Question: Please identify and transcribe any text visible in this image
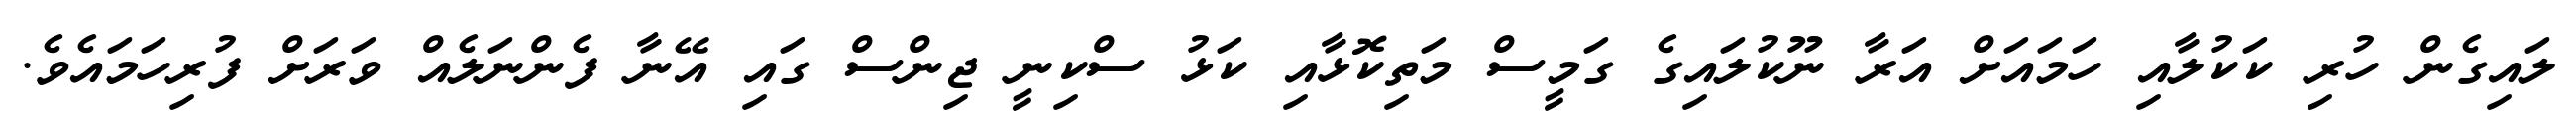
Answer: ލައިގެން ހުރި ކަކުލާއި ހަމައަށް އަރާ ނޫކުލައިގެ ގަމީސް މަތިކޮޅާއި ކަޅު ސްކިނީ ޖިންސް ގައި އޭނާ ފެންނަލެއް ވަރަށް ފުރިހަމައެވެ.